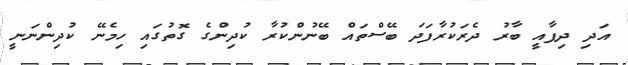
އަދި ދިފާއީ ބާރު ދެރަކުރާފަދަ ބޭސްތައް ބޭނުންކުރާ ކުދިންގެ ގޮތުގައި ހިމެނޭ ކުދިންނަނީ